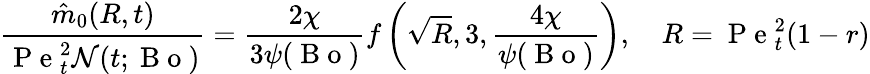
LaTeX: \frac{\hat{m}_{0}(R,t)}{\mathrm{~P~e~}_{t}^{2}\mathcal{N}(t;\mathrm{~B~o~})}=\frac{2\chi}{3\psi(\mathrm{~B~o~})}f\left(\sqrt{R},3,\frac{4\chi}{\psi(\mathrm{~B~o~})}\right),\quad R=\mathrm{~P~e~}_{t}^{2}(1-r)